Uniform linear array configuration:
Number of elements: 12
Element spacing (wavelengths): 0.25
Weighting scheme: blackman
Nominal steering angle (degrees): -60
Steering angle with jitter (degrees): -59.468
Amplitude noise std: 0.05
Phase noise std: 0.05

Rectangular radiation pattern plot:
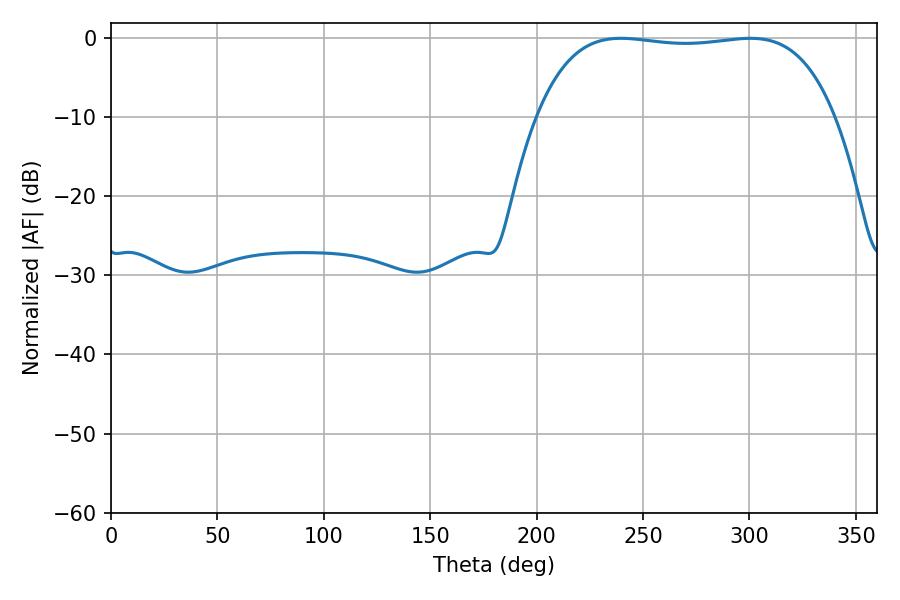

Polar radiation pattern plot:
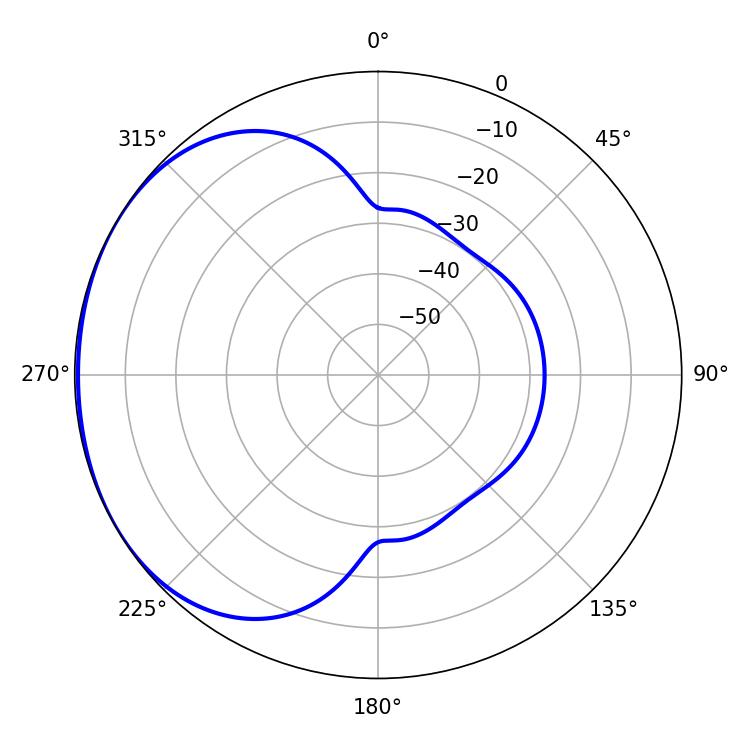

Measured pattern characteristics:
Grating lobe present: FALSE
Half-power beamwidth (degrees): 110.88
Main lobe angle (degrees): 239.58